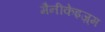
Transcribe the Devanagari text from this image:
मैनीकेइज़्म